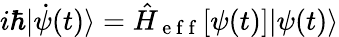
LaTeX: i\hbar|\dot{\psi}(t)\rangle=\hat{H}_{\mathrm{~e~f~f~}}[\psi(t)]|\psi(t)\rangle